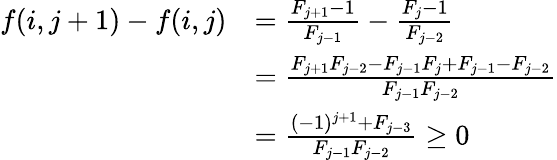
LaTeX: \begin{array}{rl}{f(i,j+1)-f(i,j)}&{={\frac{F_{j+1}-1}{F_{j-1}}}-{\frac{F_{j}-1}{F_{j-2}}}}\\ &{={\frac{F_{j+1}F_{j-2}-F_{j-1}F_{j}+F_{j-1}-F_{j-2}}{F_{j-1}F_{j-2}}}}\\ &{={{\frac{(-1)^{j+1}+F_{j-3}}{F_{j-1}F_{j-2}}}}\geq 0}\end{array}